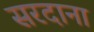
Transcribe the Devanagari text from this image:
सरदाना